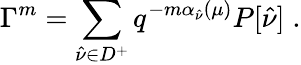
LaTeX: \Gamma^{m}=\sum_{\hat{\nu}\in D^{+}}q^{-m\alpha_{\hat{\nu}}(\mu)}P[\hat{\nu}]\; .